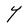
Character: Y